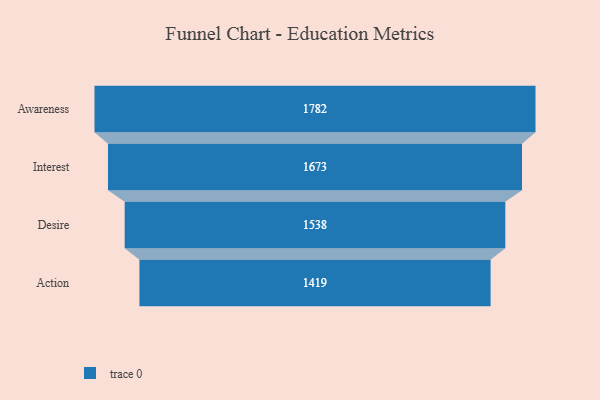
{"axis": {"x": "Stage", "y": "Value"}, "legend": [""], "data": [{"x": "Awareness", "y": 1782.0, "type": ""}, {"x": "Interest", "y": 1673.0, "type": ""}, {"x": "Desire", "y": 1538.0, "type": ""}, {"x": "Action", "y": 1419.0, "type": ""}]}